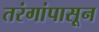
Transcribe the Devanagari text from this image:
तरंगांपासून